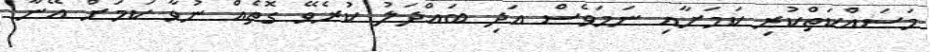
މަސައްކަތްކުރި ކަމަށާއި ނަމަވެސް އަދި ބައްދަލު ކުރެވޭ ގޮތެއް ނުވާ ކަމަށް އޭނާ